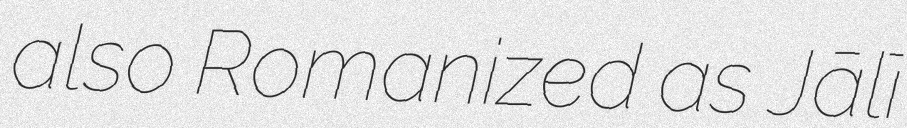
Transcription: also Romanized as Jālī